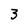
Character: 3